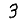
Digit: 3